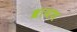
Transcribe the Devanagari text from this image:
श्रायण